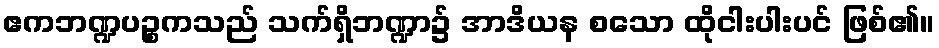
ဧကဘဏ္ဍပဉ္စကသည် သက်ရှိဘဏ္ဍာ၌ အာဒိယန စသော ထိုငါးပါးပင် ဖြစ်၏။